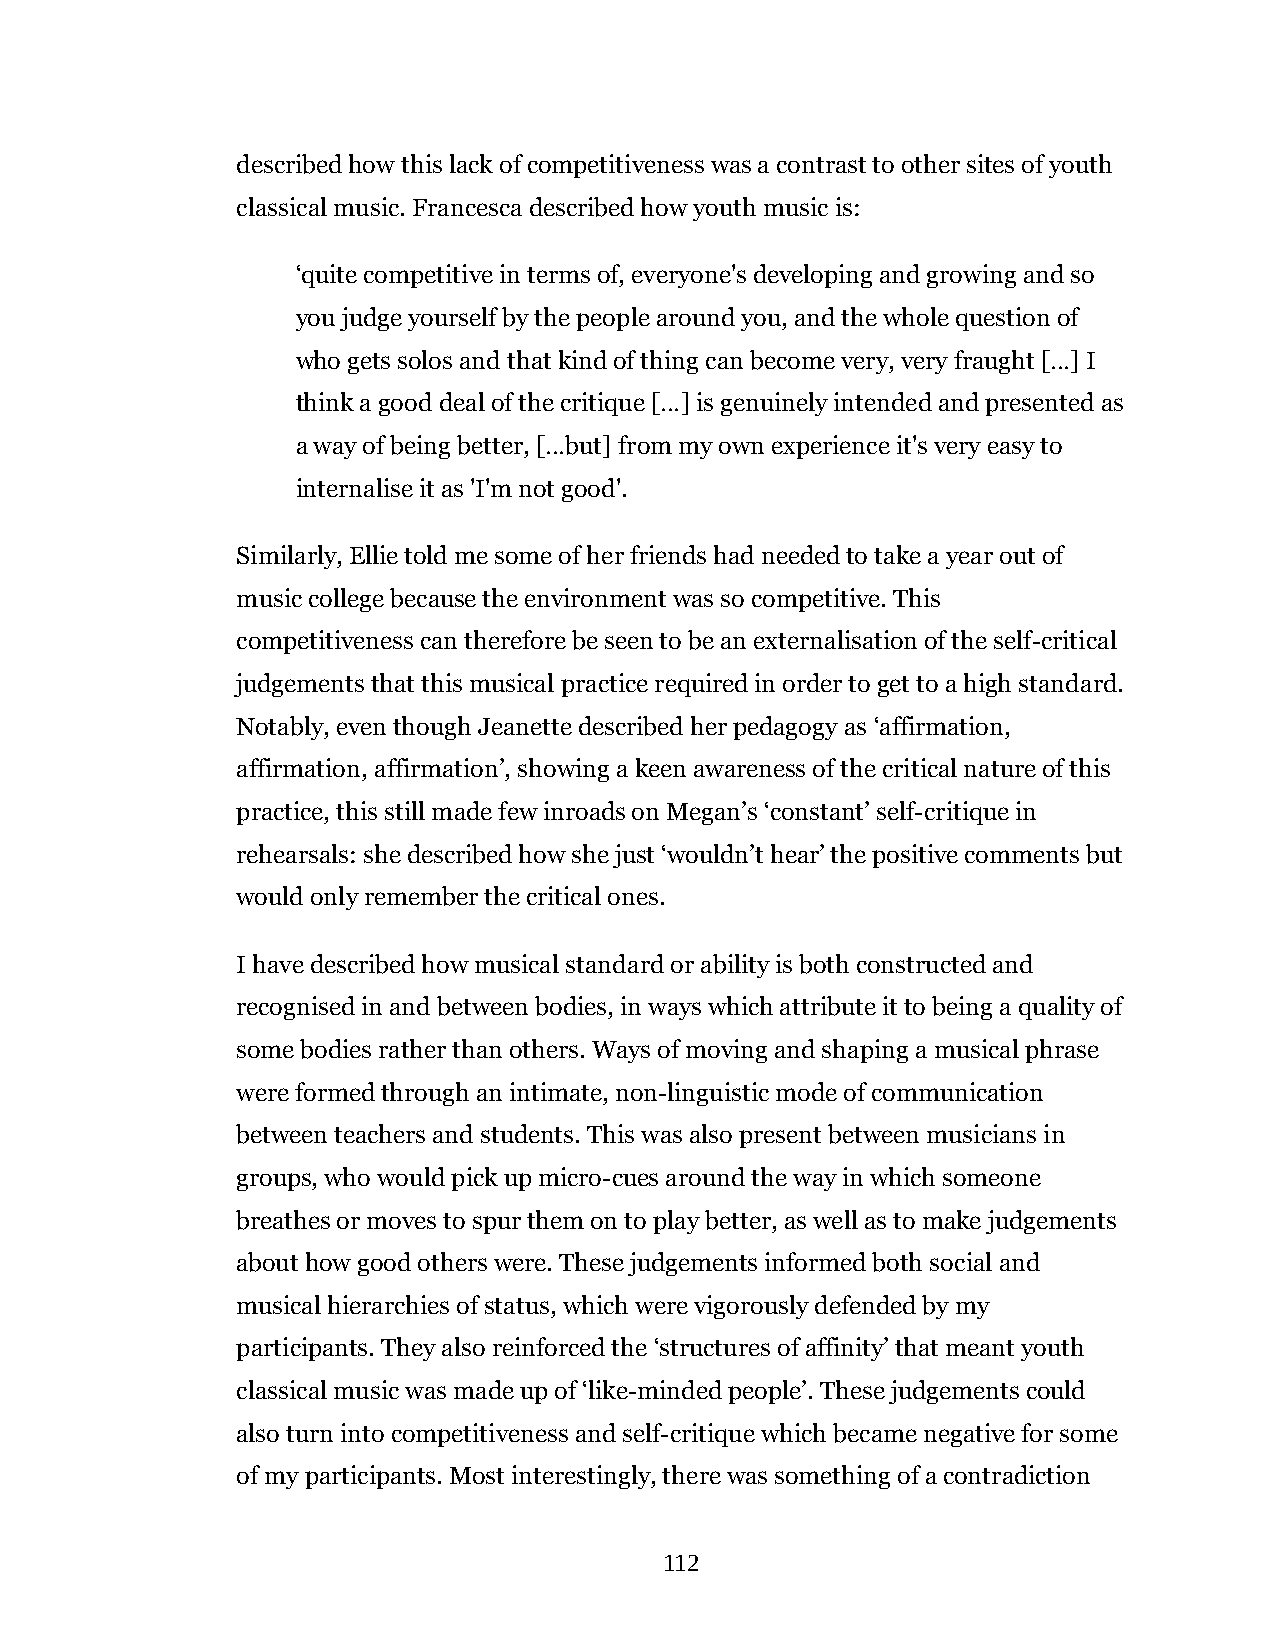
described how this lack of competitiveness was a contrast to other sites of youth
 classical music. Francesca described how youth music is:
 ‘quite competitive in terms of, everyone's developing and growing and so
 you judge yourself by the people around you, and the whole question of
 who gets solos and that kind of thing can become very, very fraught […] I
 think a good deal of the critique […] is genuinely intended and presented as
 a way of being better, […but] from my own experience it's very easy to
 internalise it as 'I'm not good'.
 Similarly, Ellie told me some of her friends had needed to take a year out of
 music college because the environment was so competitive. This
 competitiveness can therefore be seen to be an externalisation of the self-critical
 judgements that this musical practice required in order to get to a high standard.
 Notably, even though Jeanette described her pedagogy as ‘affirmation,
 affirmation, affirmation’, showing a keen awareness of the critical nature of this
 practice, this still made few inroads on Megan’s ‘constant’ self-critique in
 rehearsals: she described how she just ‘wouldn’t hear’ the positive comments but
 would only remember the critical ones.
 I have described how musical standard or ability is both constructed and
 recognised in and between bodies, in ways which attribute it to being a quality of
 some bodies rather than others. Ways of moving and shaping a musical phrase
 were formed through an intimate, non-linguistic mode of communication
 between teachers and students. This was also present between musicians in
 groups, who would pick up micro-cues around the way in which someone
 breathes or moves to spur them on to play better, as well as to make judgements
 about how good others were. These judgements informed both social and
 musical hierarchies of status, which were vigorously defended by my
 participants. They also reinforced the ‘structures of affinity’ that meant youth
 classical music was made up of ‘like-minded people’. These judgements could
 also turn into competitiveness and self-critique which became negative for some
 of my participants. Most interestingly, there was something of a contradiction
 112